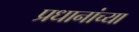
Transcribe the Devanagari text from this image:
प्रधानांच्या